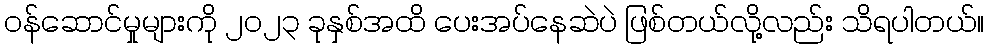
ဝန်ဆောင်မှုများကို ၂၀၂၃ ခုနှစ်အထိ ပေးအပ်နေဆဲပဲ ဖြစ်တယ်လို့လည်း သိရပါတယ်။